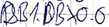
Text: DB1.DBX0.0